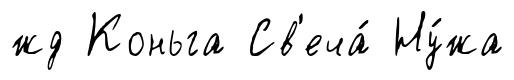
жд Коньга Св'еча́ Ну́жа